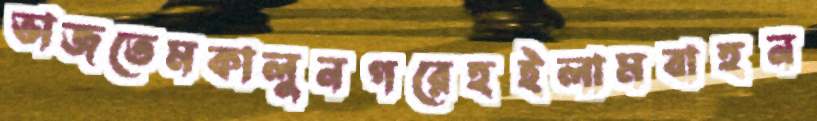
ভাজতেমকালুনগরেহইলামবাহন